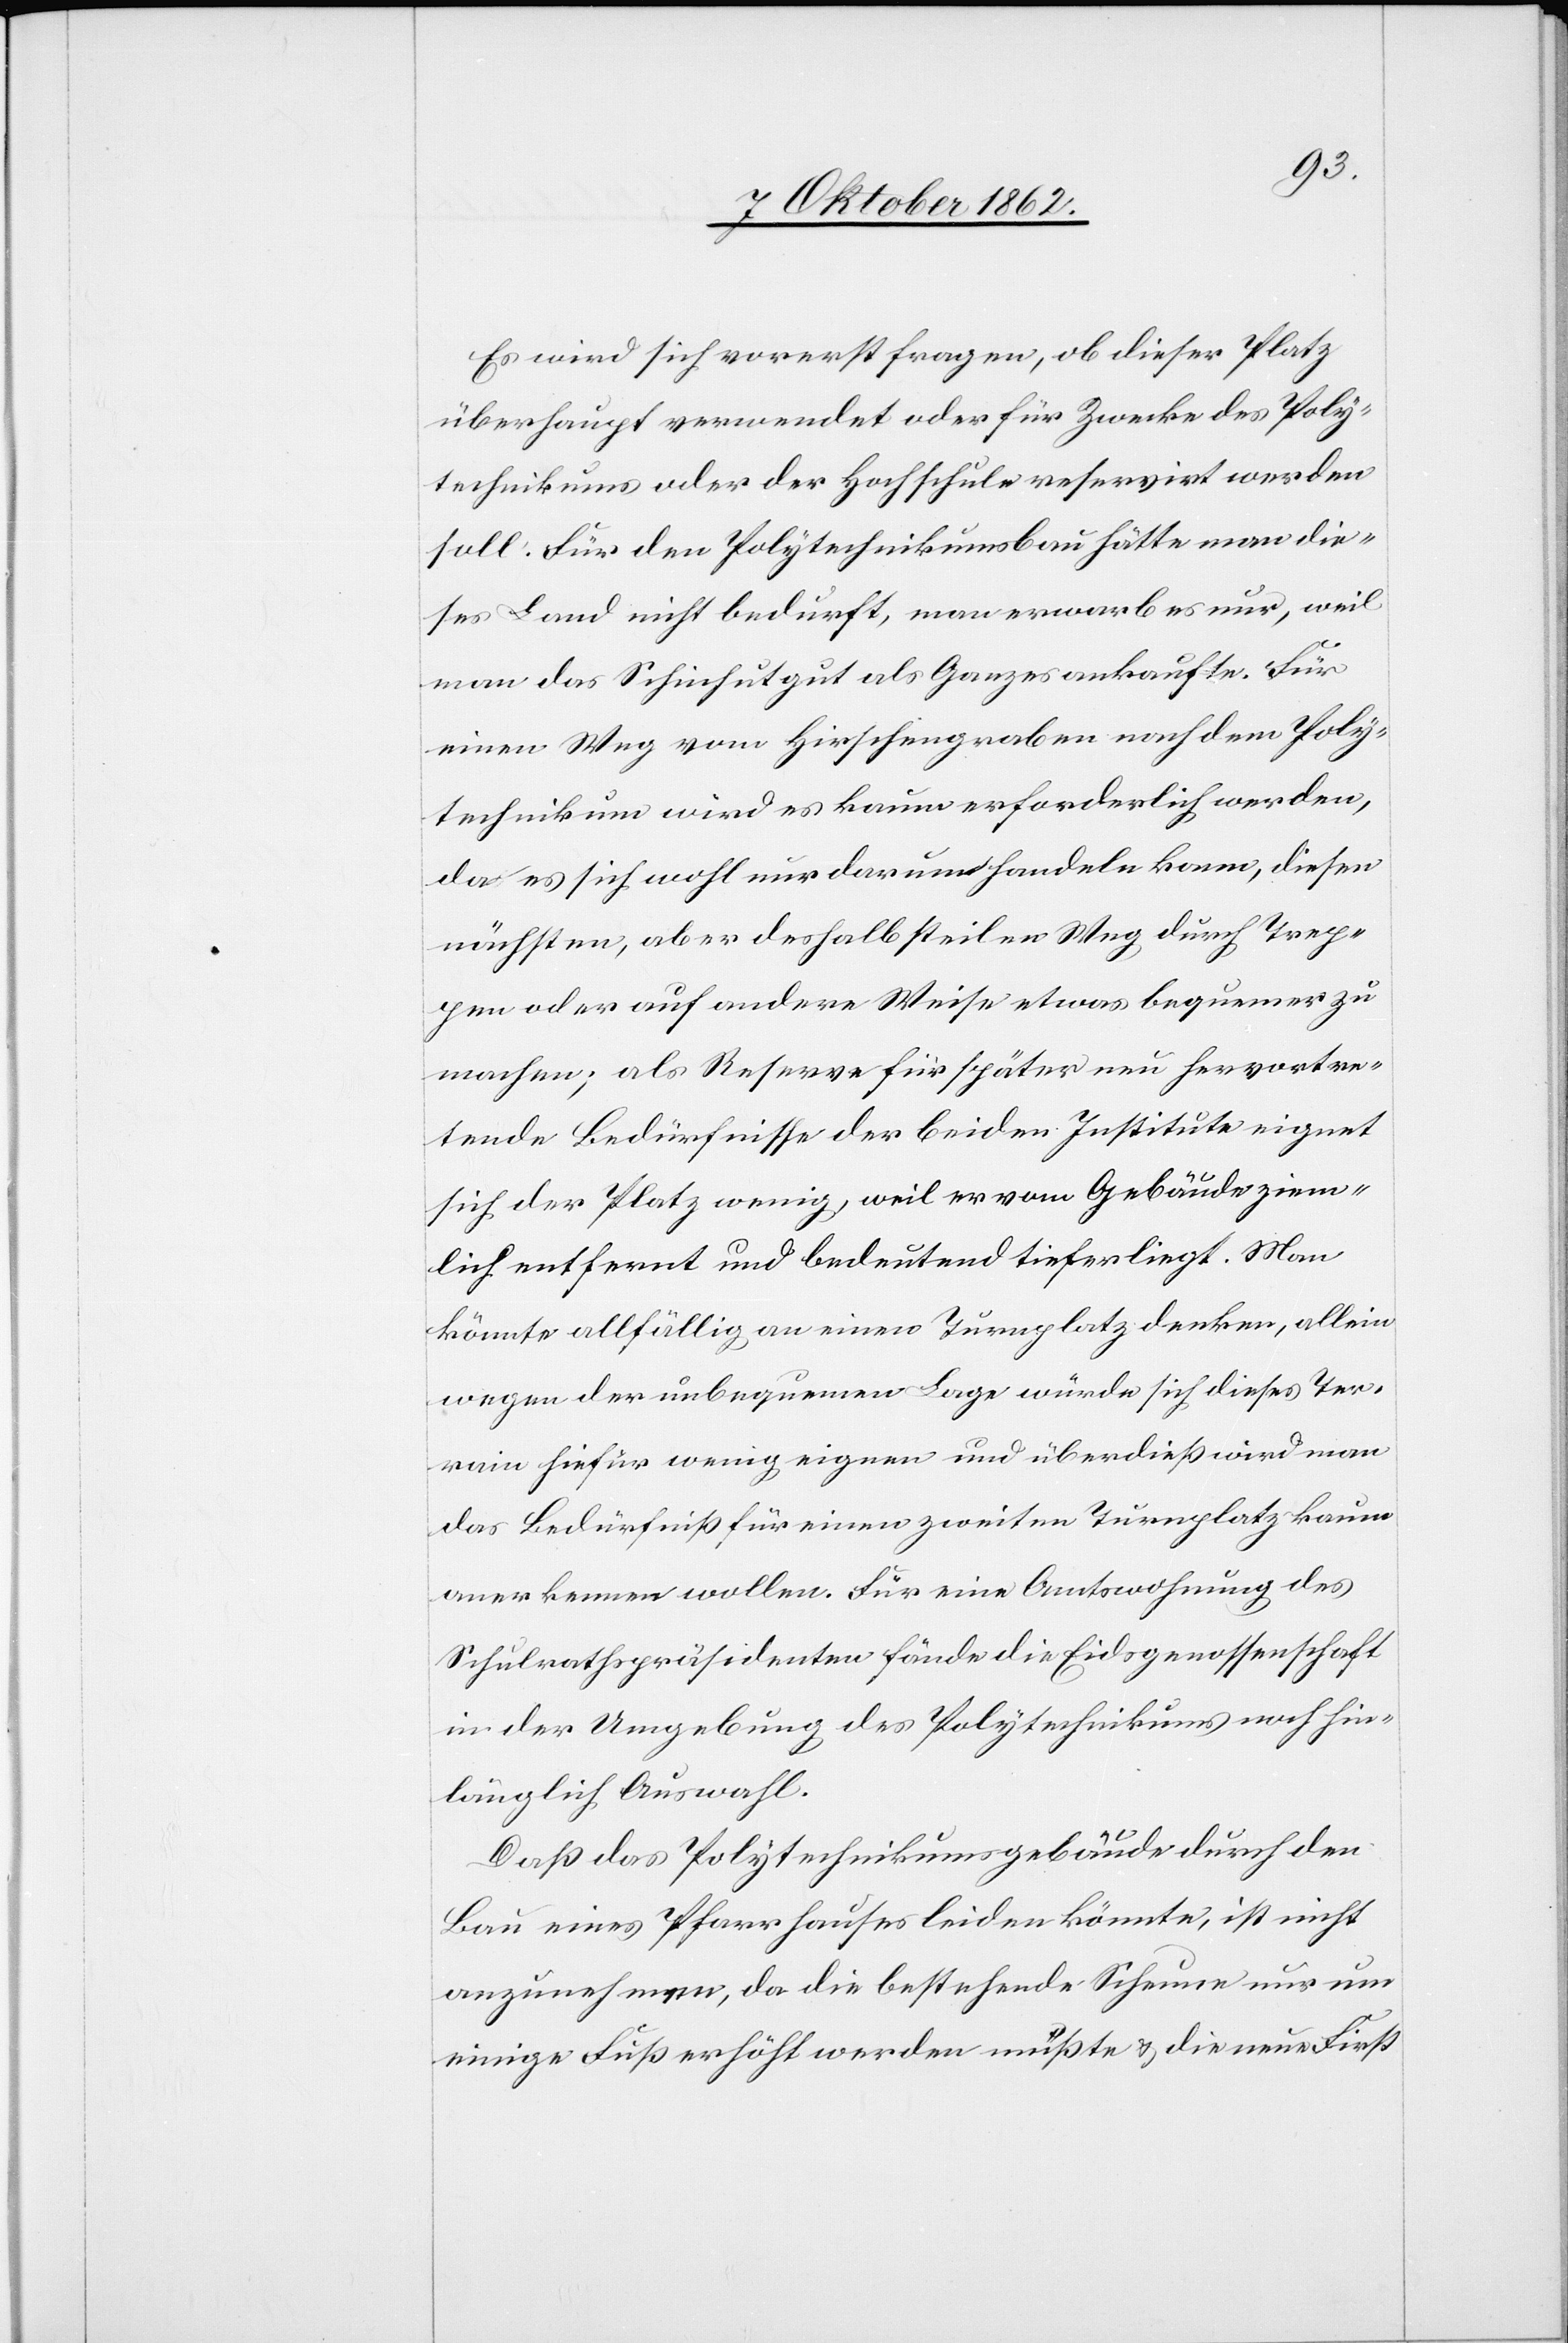
Es wird sich vorerst fragen, ob dieser Platz
überhaupt verwendet oder für Zwecke des Poly¬
technikums oder der Hochschule reservirt werden
soll. Für den Polytechnikumsbau hätte man die¬
ses Land nicht bedurft, man erwarb es nur, weil
man das Schinhutgut als Ganzes ankaufte. Für
einen Weg vom Hirschengraben nach dem Poly¬
technikum wird es kaum erforderlich werden,
da es sich wohl nur darum handeln kann, diesen
nächsten, aber deshalb steilen Weg durch Trep¬
pen oder auf andere Weise etwas bequemer zu
machen; als Reserve für später neu hervortre¬
tende Bedürfnisse der beiden Institute eignet
sich der Platz wenig, weil er vom Gebäude ziem¬
lich entfernt und bedeutend tiefer liegt. Man
könnte allfällig an einen Turnplatz denken, allein
wegen der unbequemen Lage würde sich dieses Ter¬
rain hiefür wenig eignen und überdieß wird man
das Bedürfniß für einen zweiten Turnplatz kaum
anerkennen wollen. Für eine Amtswohnung des
Schulrathspräsidenten fände die Eidsgenossenschaft
in der Umgebung des Polytechnikums noch hin¬
länglich Auswahl.
Daß das Polytechnikumsgebäude durch den
Bau eines Pfarrhauses leiden könne, ist nicht
anzunehmen, da die bestehende Scheune nur um
einige Fuß erhöht werden müßte u. die neue First